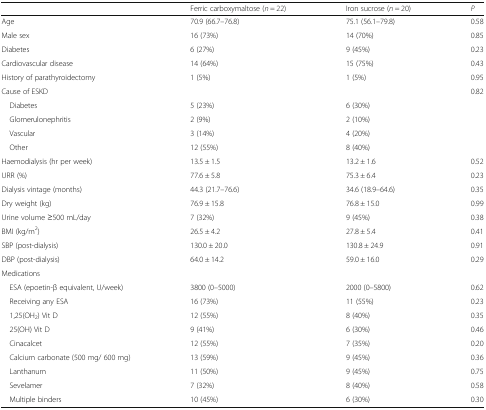
|  | Ferric carboxymaltose (n = 22) | Iron sucrose (n = 20) | P |
 | --- | --- | --- | --- |
 | Age | 70.9 (66.7–76.8) | 75.1 (56.1–79.8) | 0.58 |
 | Male sex | 16 (73%) | 14 (70%) | 0.85 |
 | Diabetes | 6 (27%) | 9 (45%) | 0.23 |
 | Cardiovascular disease | 14 (64%) | 15 (75%) | 0.43 |
 | History of parathyroidectomy | 1 (5%) | 1 (5%) | 0.95 |
 | Cause of ESKD |  |  | 0.82 |
 | Diabetes | 5 (23%) | 6 (30%) |  |
 | Glomerulonephritis | 2 (9%) | 2 (10%) |  |
 | Vascular | 3 (14%) | 4 (20%) |  |
 | Other | 12 (55%) | 8 (40%) |  |
 | Haemodialysis (hr per week) | 13.5 ± 1.5 | 13.2 ± 1.6 | 0.52 |
 | URR (%) | 77.6 ± 5.8 | 75.3 ± 6.4 | 0.23 |
 | Dialysis vintage (months) | 44.3 (21.7–76.6) | 34.6 (18.9–64.6) | 0.35 |
 | Dry weight (kg) | 76.9 ± 15.8 | 76.8 ± 15.0 | 0.99 |
 | Urine volume ≥500 mL/day | 7 (32%) | 9 (45%) | 0.38 |
 | BMI (kg/m2) | 26.5 ± 4.2 | 27.8 ± 5.4 | 0.41 |
 | SBP (post-dialysis) | 130.0 ± 20.0 | 130.8 ± 24.9 | 0.91 |
 | DBP (post-dialysis) | 64.0 ± 14.2 | 59.0 ± 16.0 | 0.29 |
 | <COLSPAN=4> Medications |
 | ESA (epoetin-β equivalent, U/week) | 3800 (0–5000) | 2000 (0–5800) | 0.62 |
 | Receiving any ESA | 16 (73%) | 11 (55%) | 0.23 |
 | 1,25(OH2) Vit D | 12 (55%) | 8 (40%) | 0.35 |
 | 25(OH) Vit D | 9 (41%) | 6 (30%) | 0.46 |
 | Cinacalcet | 12 (55%) | 7 (35%) | 0.20 |
 | Calcium carbonate (500 mg/ 600 mg) | 13 (59%) | 9 (45%) | 0.36 |
 | Lanthanum | 11 (50%) | 9 (45%) | 0.75 |
 | Sevelamer | 7 (32%) | 8 (40%) | 0.58 |
 | Multiple binders | 10 (45%) | 6 (30%) | 0.30 |